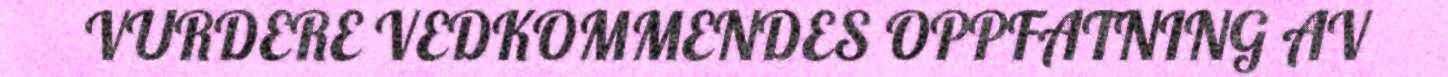
VURDERE VEDKOMMENDES OPPFATNING AV